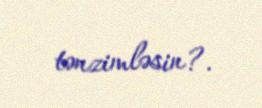
tənzimləsin?.